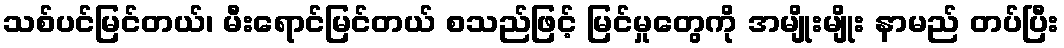
သစ်ပင်မြင်တယ်၊ မီးရောင်မြင်တယ် စသည်ဖြင့် မြင်မှုတွေကို အမျိုးမျိုး နာမည် တပ်ပြီး